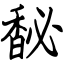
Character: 馝